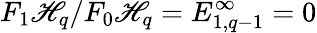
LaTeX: F_{1}\mathscr{H}_{q}/F_{0}\mathscr{H}_{q}=E_{1,q-1}^{\infty}=0